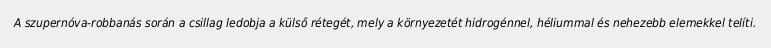
A szupernóva-robbanás során a csillag ledobja a külső rétegét, mely a környezetét hidrogénnel, héliummal és nehezebb elemekkel telíti.